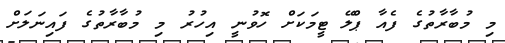
މި މުބާރާތުގެ ފެއާ ޕްލޭ ޓީމަކަށް ހޮވުނީ އިހުރު މި މުބާރާތުގެ ފައިނަލަށް